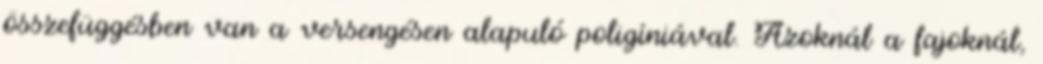
összefüggésben van a versengésen alapuló poligíniával. Azoknál a fajoknál,